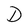
Character: D